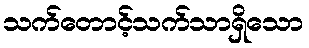
သက်တောင့်သက်သာရှိသော